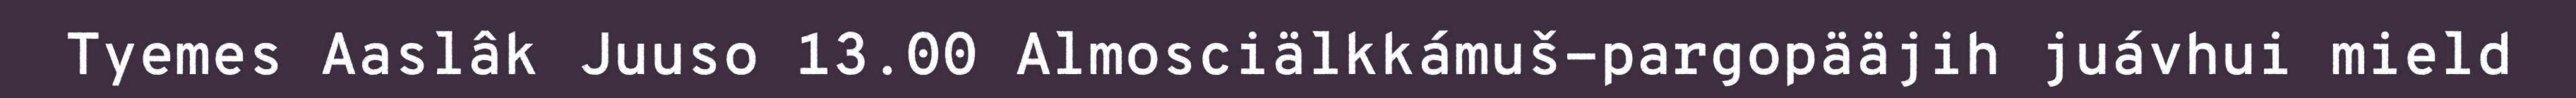
Tyemes Aaslâk Juuso 13.00 Almosciälkkámuš-pargopääjih juávhui mield